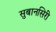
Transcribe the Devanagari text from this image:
सुबानसिरी